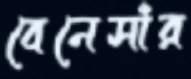
বেনেসাঁর